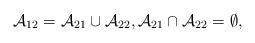
LaTeX: \begin{align*}\mathcal A_{12}=\mathcal A_{21}\cup \mathcal A_{22},\mathcal A_{21}\cap \mathcal A_{22}=\emptyset,\end{align*}